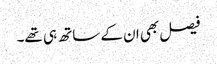
فیصل بھی ان کے ساتھ ہی تھے۔